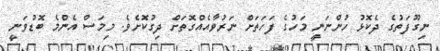
ނިގޫފަތުގެ ދެކޮޅު ހުންނަނީ މަހުގެ ފަހަތަށް ނަރުވާއެއްގޮތަށް ދިގުކޮށެވެ. މިމަސް އެންމެ ބޮޑުވަނީ